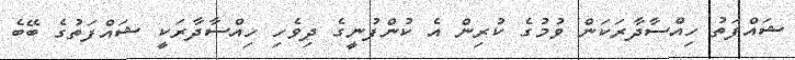
ޝައްފަތު ހިއްސާދާރަކަން ވުމުގެ ކުރިން އެ ކުންފުނީގެ ދިވެހި ހިއްސާދާރަކީ ޝައްފަތުގެ ބޭބެ